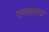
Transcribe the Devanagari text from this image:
एमएसएज